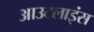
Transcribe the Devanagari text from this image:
आउटलाइंस